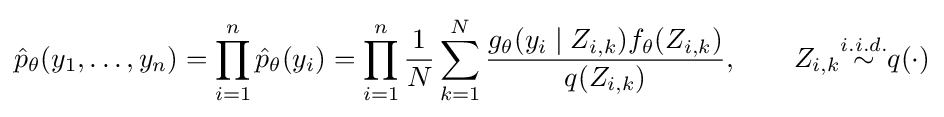
{\hat {p}}_{\theta }(y_{1},\ldots ,y_{n})=\prod _{i=1}^{n}{\hat {p}}_{\theta }(y_{i})=\prod _{i=1}^{n}{\frac {1}{N}}\sum _{k=1}^{N}{\frac {g_{\theta }(y_{i}\mid Z_{i,k})f_{\theta }(Z_{i,k})}{q(Z_{i,k})}},\qquad Z_{i,k}{\overset {i.i.d.}{\sim }}q(\cdot )